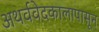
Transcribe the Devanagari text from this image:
अथर्ववेदकालापासून